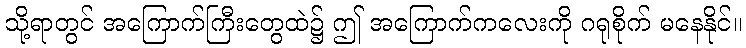
သို့ရာတွင် အကြောက်ကြီးတွေထဲ၌ ဤ အကြောက်ကလေးကို ဂရုစိုက် မနေနိုင်။